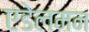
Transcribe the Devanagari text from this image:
एडेलमन